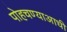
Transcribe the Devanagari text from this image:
पोहचण्याआधी